65_HS1-834228961_62-HQ-83894_Section_9
Agency: FBI
Page 3
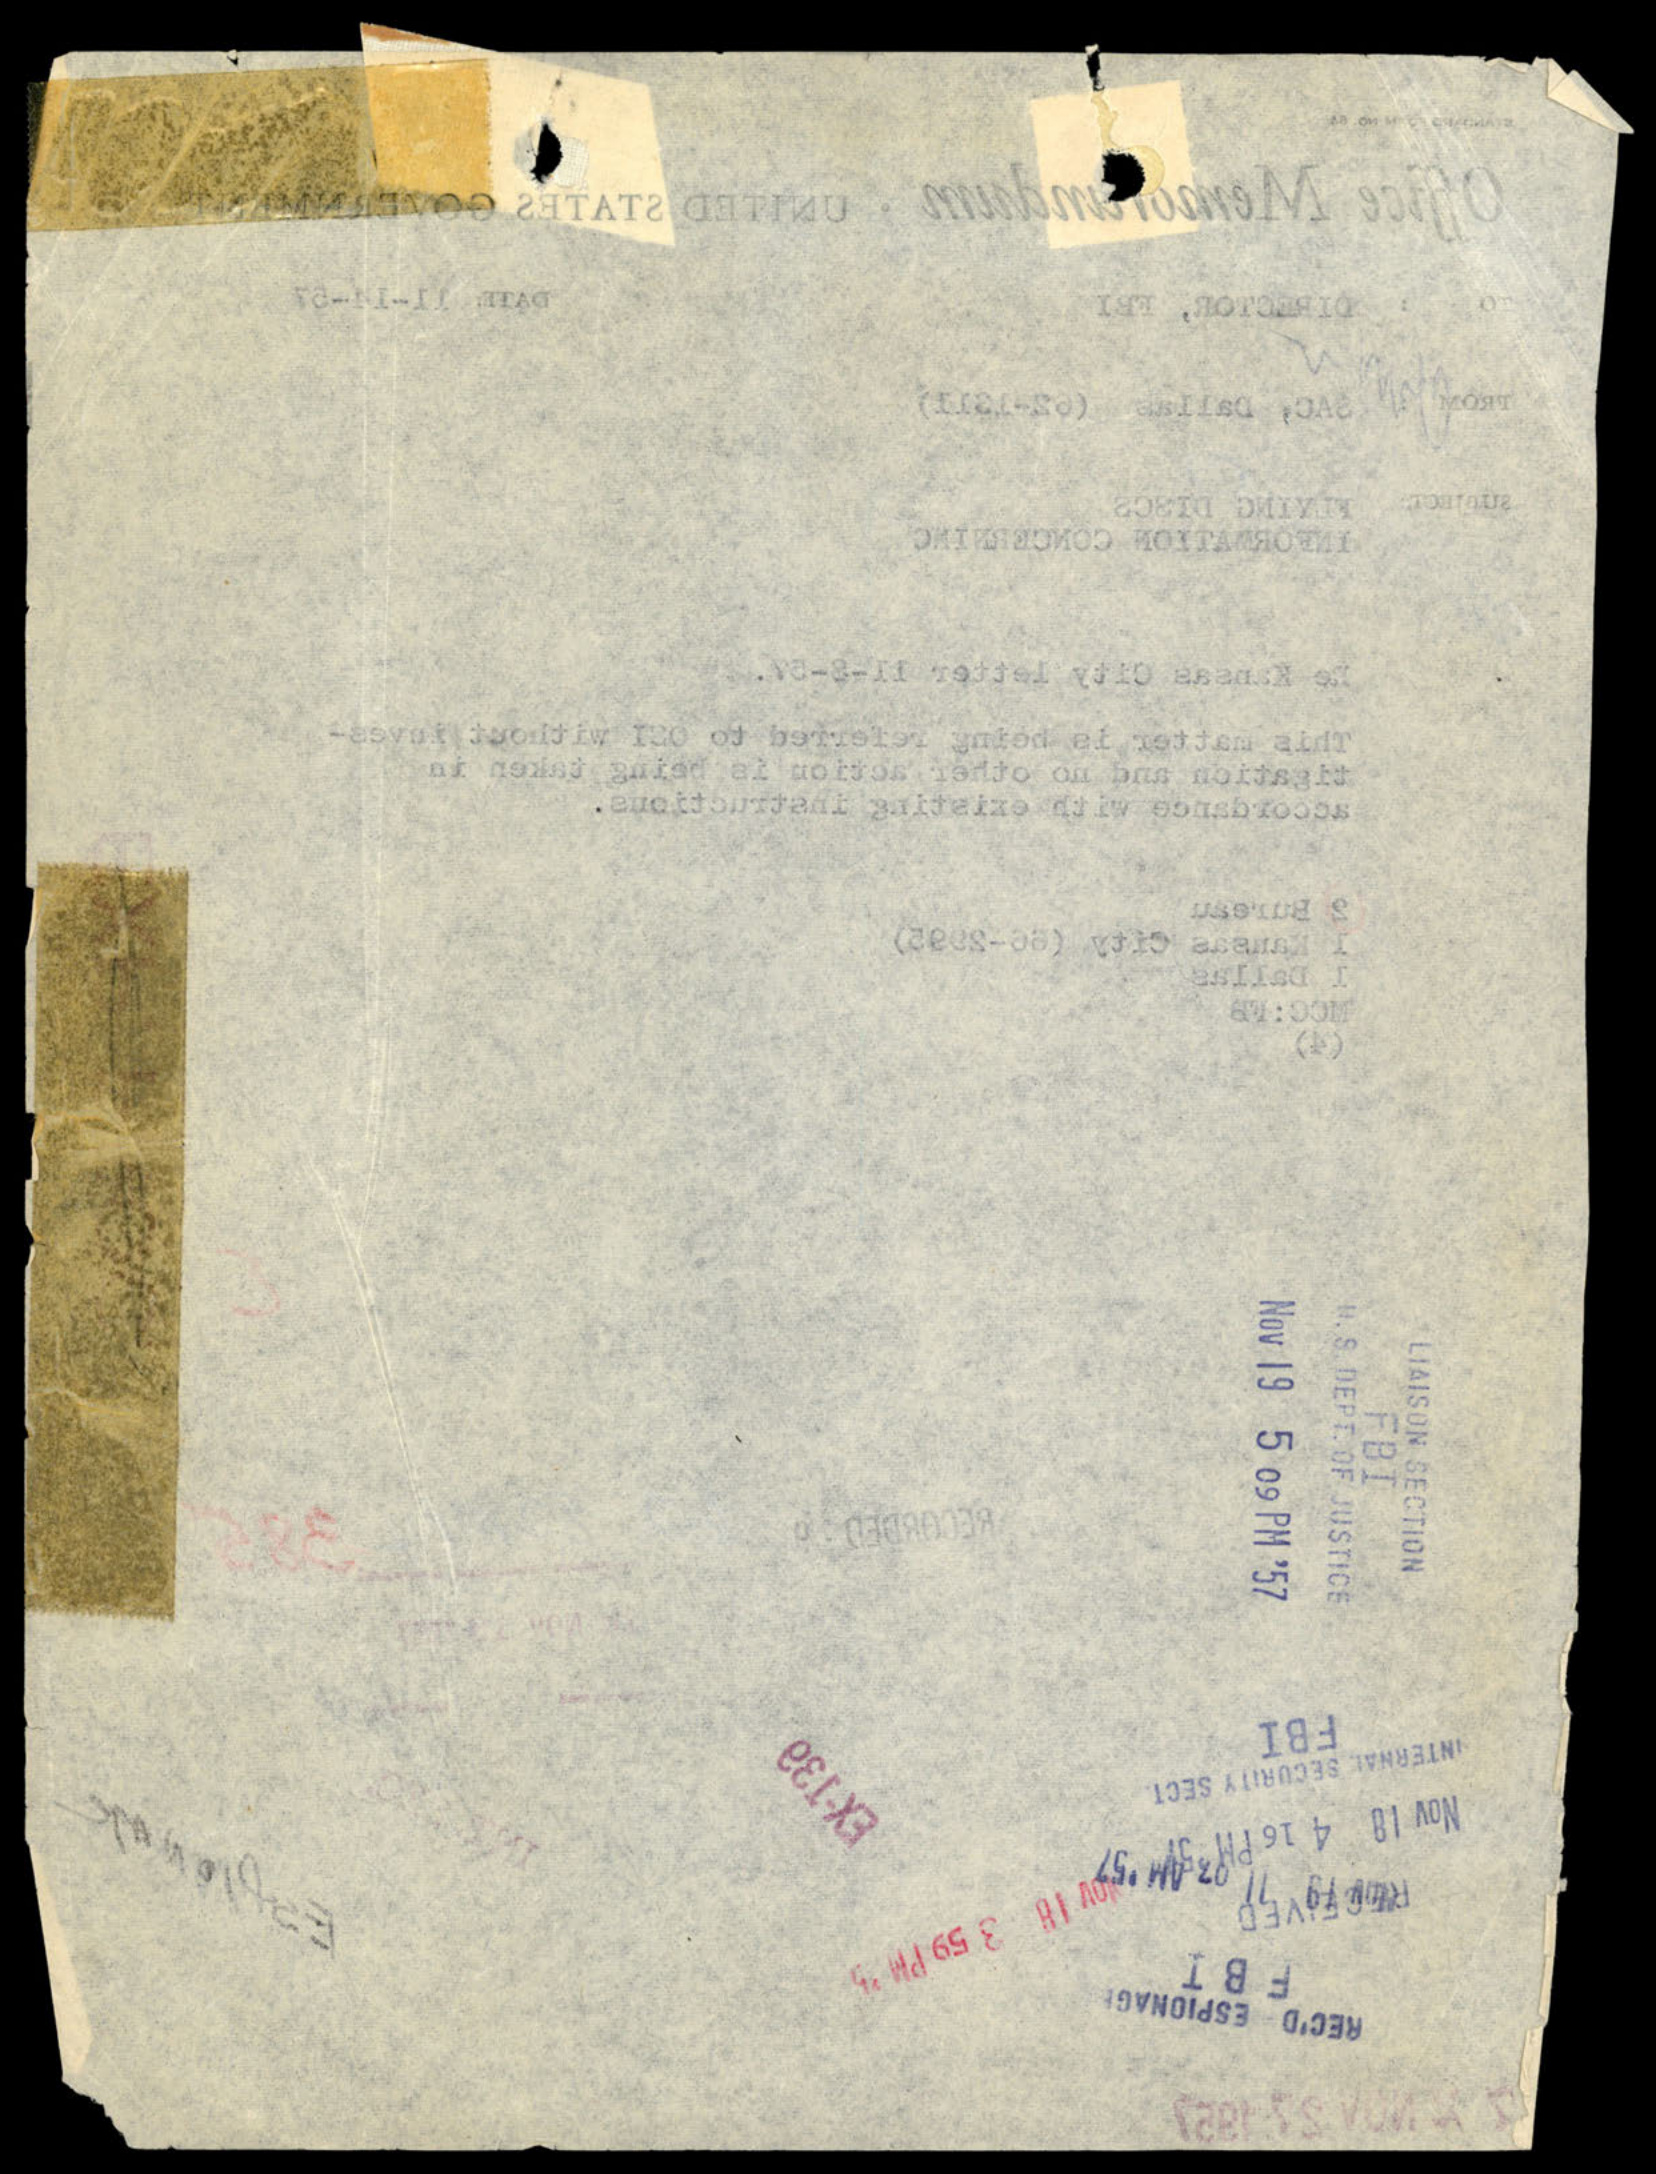